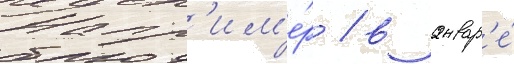
Напр'им'е́р / в январ'е́